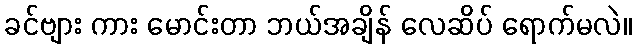
ခင်ဗျား ကား မောင်းတာ ဘယ်အချိန် လေဆိပ် ရောက်မလဲ။